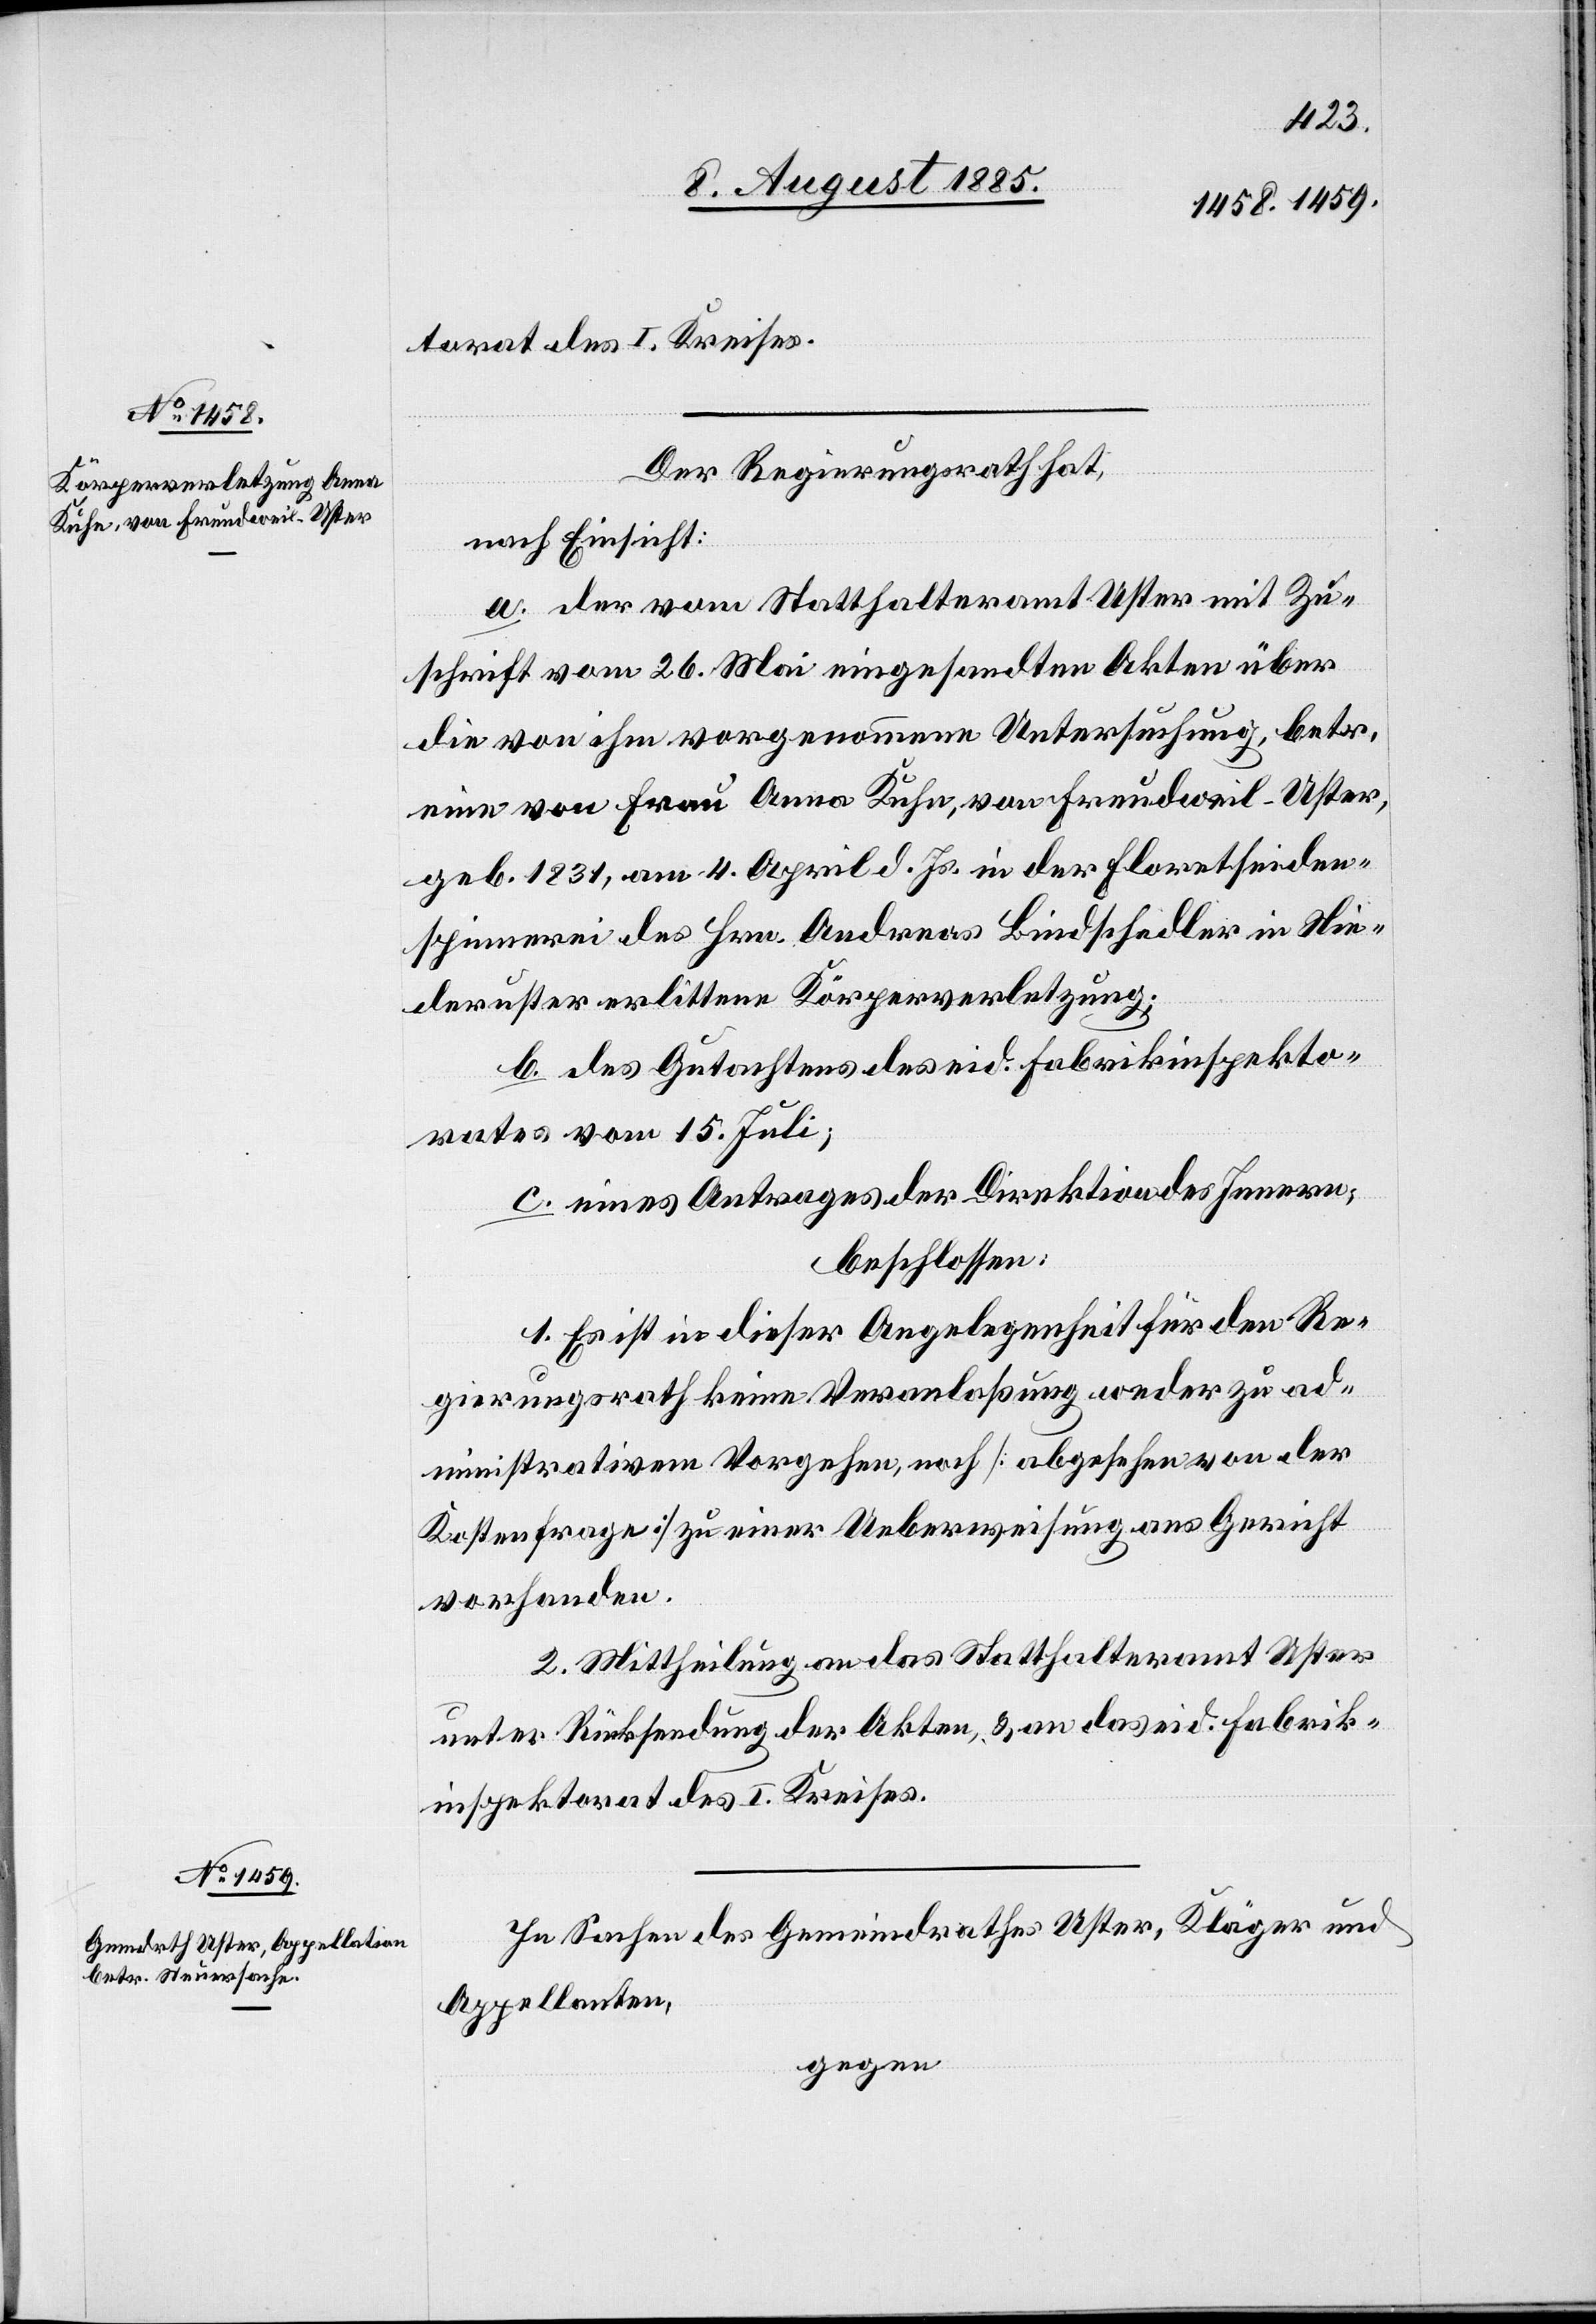
torat des I. Kreises.
Der Regierungsrath hat,
nach Einsicht:
a. der vom Statthalteramt Uster mit Zu¬
schrift vom 26. Mai eingesandten Akten über
die von ihm vorgenommene Untersuchung, betr.
eine von Frau Anna Kuhn, von Freudweil - Uster,
geb. 1831, am 4. April d. Js. in der Floretseiden¬
spinnerei des Hrn. Andreas Bindschedler in Nie¬
deruster erlittene Körperverletzung;
b. des Gutachtens des eid. Fabrikinspekto¬
rates vom 15. Juli;
c. eines Antrages der Direktion des Innern;
beschlossen:
1. Es ist in dieser Angelegenheit für den Re¬
gierungsrath keine Veranlaßung weder zu ad¬
ministrativem Vorgehen, noch [abgesehen von der
Kostenfrage] zu einer Ueberweisung ans Gericht
vorhanden.
2. Mittheilung an das Statthalteramt Uster
unter Rücksendung der Akten, & an das eid. Fabrik¬
inspektorat des I. Kreises.
In Sachen des Gemeindrathes Uster, Kläger und
Appellanten,
gegen